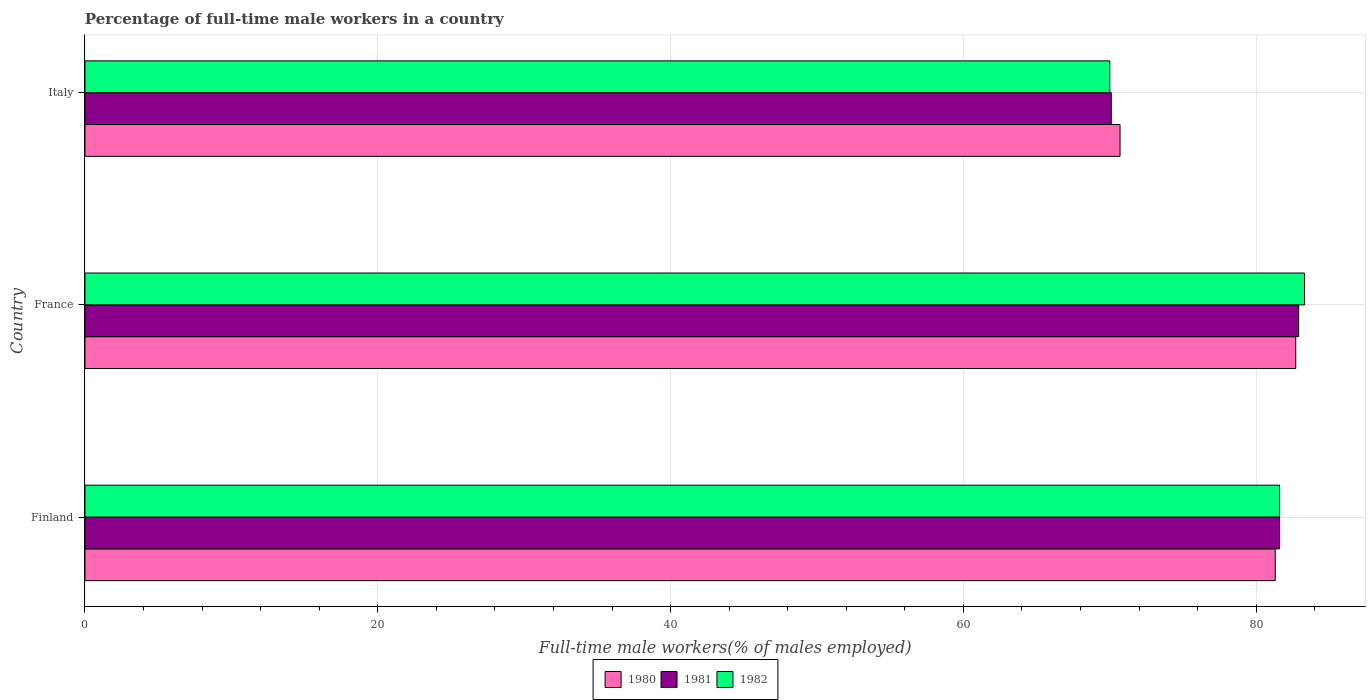
| Country | 1980 | 1981 | 1982 |
 | --- | --- | --- | --- |
 | Finland | 81.3 | 81.6 | 81.6 |
 | France | 82.7 | 82.9 | 83.3 |
 | Italy | 70.7 | 70.1 | 70 |